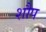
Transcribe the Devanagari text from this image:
शौप